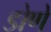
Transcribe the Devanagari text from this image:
डोणे